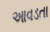
આવડતા